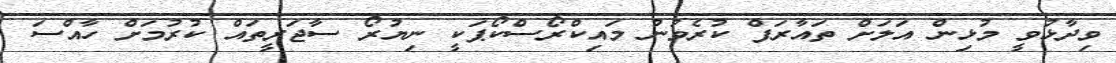
ވިދާޅުވީ މުޅިން އަލަށް ތައާރަފް ކުރެވުނު މައިކްރޯސްކޯޕަކީ ނިޔުރޯ ސާޖަރީތައް ކުރުމަށް ހާއްސަ